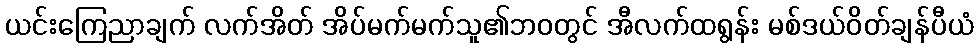
ယင်းကြေညာချက် လက်အိတ် အိပ်မက်မက်သူ၏ဘ၀တွင် အီလက်ထရွန်း မစ်ဒယ်ဝိတ်ချန်ပီယံ